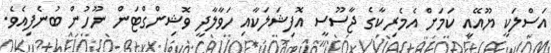
އަސްލަކީ ޔޫއޭއީ ކަމަށް އެމެރިކާގެ ޖާސޫސީ އޮފިޝަލަކާއި ހަވާލާދީ ވޮޝިންގްޓަން ނޫހުން ބުނެފިއެވެ.